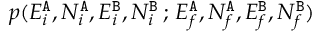
p ( E _ { i } ^ { { \tt A } } , N _ { i } ^ { { \tt A } } , E _ { i } ^ { { \tt B } } , N _ { i } ^ { { \tt B } } \, ; \, E _ { f } ^ { { \tt A } } , N _ { f } ^ { { \tt A } } , E _ { f } ^ { { \tt B } } , N _ { f } ^ { { \tt B } } )